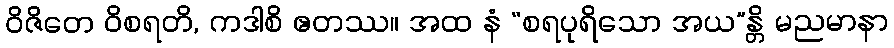
ဝိဇိတေ ဝိစရတိ, ကဒါစိ ဧတဿ။ အထ နံ “စရပုရိသော အယ”န္တိ မညမာနာ